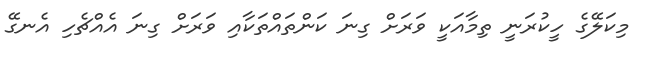
މިކަލޭގެ ހީކުރަނީ ތިމާއަކީ ވަރަށް ގިނަ ކަންތައްތަކާއި ވަރަށް ގިނަ އެއްޗެހި އެނގޭ